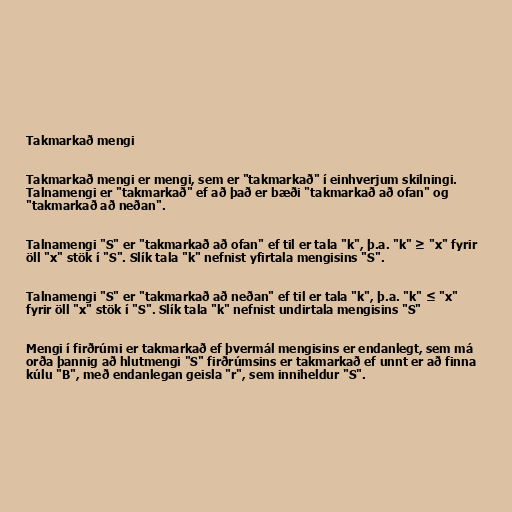
Takmarkað mengi

Takmarkað mengi er mengi, sem er "takmarkað" í einhverjum skilningi.
Talnamengi er "takmarkað" ef að það er bæði "takmarkað að ofan" og
"takmarkað að neðan".

Talnamengi "S" er "takmarkað að ofan" ef til er tala "k", þ.a. "k" ≥ "x" fyrir
öll "x" stök í "S". Slík tala "k" nefnist yfirtala mengisins "S".

Talnamengi "S" er "takmarkað að neðan" ef til er tala "k", þ.a. "k" ≤ "x"
fyrir öll "x" stök í "S". Slík tala "k" nefnist undirtala mengisins "S"

Mengi í firðrúmi er takmarkað ef þvermál mengisins er endanlegt, sem má
orða þannig að hlutmengi "S" firðrúmsins er takmarkað ef unnt er að finna
kúlu "B", með endanlegan geisla "r", sem inniheldur "S".